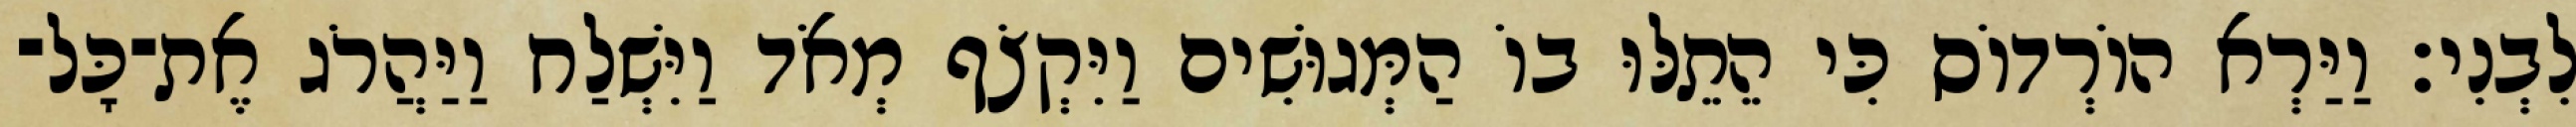
לִבְנִי׃ וַיַּרְא הוֹרְדוֹס כִּי הֵתֵלּוּ בוֹ הַמְּגוּשִׁים וַיִּקְצֹף מְאֹד וַיִּשְׁלַח וַיַּהֲרֹג אֶת־כָּל־